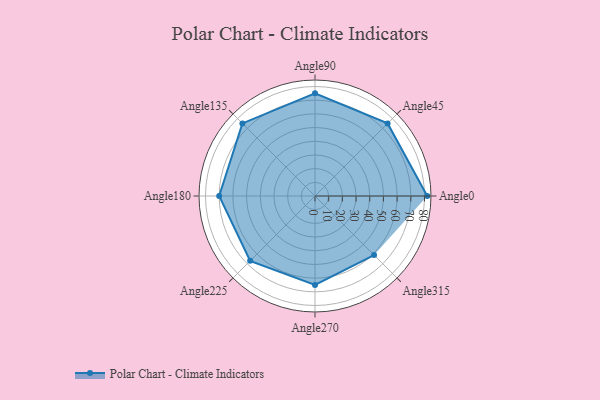
{"axis": {"x": "Angle", "y": "Radius"}, "legend": [""], "data": [{"x": "Angle0", "y": 82.0, "type": ""}, {"x": "Angle45", "y": 75.0, "type": ""}, {"x": "Angle90", "y": 75.0, "type": ""}, {"x": "Angle135", "y": 75.0, "type": ""}, {"x": "Angle180", "y": 70.0, "type": ""}, {"x": "Angle225", "y": 67.0, "type": ""}, {"x": "Angle270", "y": 65.0, "type": ""}, {"x": "Angle315", "y": 61.0, "type": ""}]}